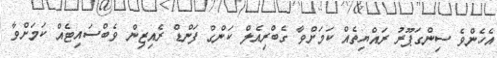
އެހެންވެ ސިންގަޕޫރު ރައްޔިތެއް ކަމަށްވާ ގެބްރިއެލް ކަންގް ފަންޑް ރެއިޒިން ވެބްސައިޓެއް ކަމަށްވާ